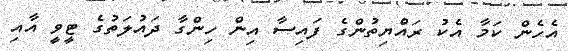
އެހެން ކަމާ އެކު ރައެްޔިތުންގެ ފައިސާ އިން ހިންގާ ދައުލަތުގެ ޓީވީ އާއި